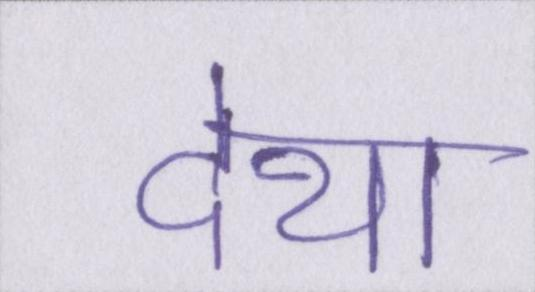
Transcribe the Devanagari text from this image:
देथा